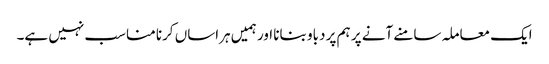
ایک معاملہ سامنے آنے پر ہم پر دباو بنانا اور ہمیں ہراساں کرنا مناسب نہیں ہے۔